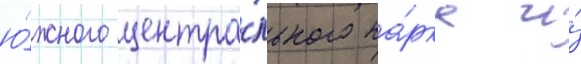
ю́жного центра́льного па́рка и́